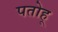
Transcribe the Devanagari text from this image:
पतोहू